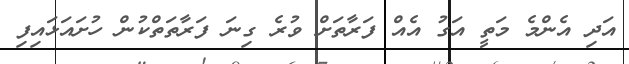
އަދި އެންމެ މަތީ އަގު އެއް ފަރާތަށް ވުރެ ގިނަ ފަރާތަތްކުން ހުށައަޅައިފި